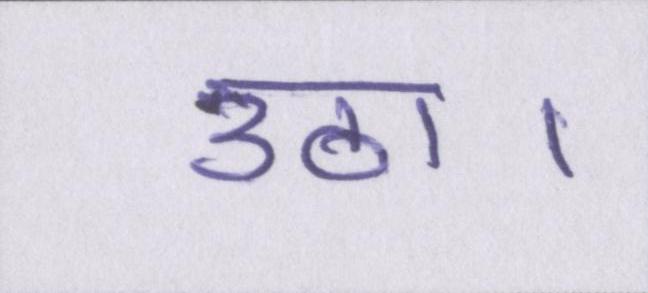
उठा।